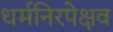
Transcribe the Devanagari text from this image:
धर्मनिरपेक्षव